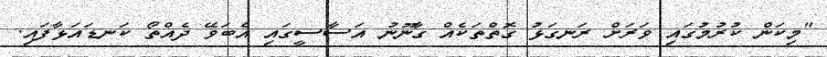
"މިކަން ކުރުމުގައި ވަރަށް ރަނގަޅު ގޮތްތަކެއް ގާނޫނު އަސާސީގައި އެބަވޭ ދެއްތޯ ކަނޑައަޅާފައި.